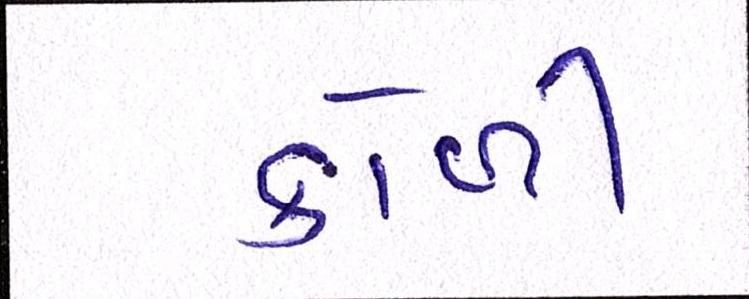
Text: કોળી